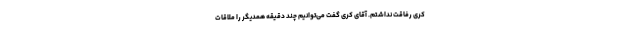
کری رفاقت نداشتم. آقای کری گفت می‌توانیم چند دقیقه همدیگر را ملاقات